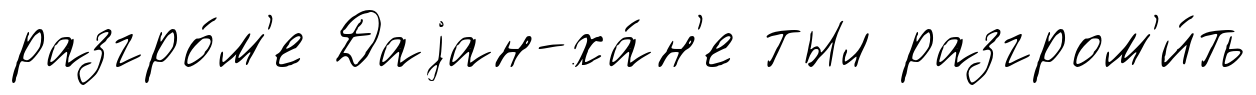
разгро́м'е Даjан-ха́н'е тыл разгром'и́ть